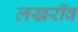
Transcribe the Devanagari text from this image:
लखरॉव